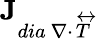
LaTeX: \textbf{J}_{dia\ \nabla\cdot\overleftrightarrow{T}}